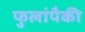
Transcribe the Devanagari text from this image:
फुलांपैकी